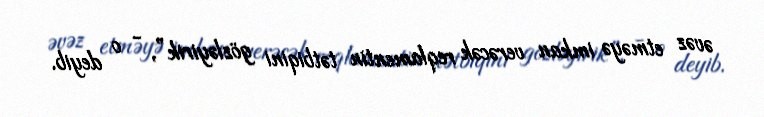
əvəz etməyə imkan verəcək reqlamentin tətbiqini gözləyirik”, - o deyib.